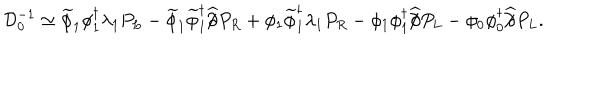
{ \mathcal D } _ { 0 } ^ { - 1 } \simeq \widetilde { \phi } _ { 1 } \phi _ { 1 } ^ { \dagger } \lambda _ { 1 } P _ { L } - \widetilde { \phi } _ { 1 } \widetilde { \phi } _ { 1 } ^ { \dagger } \widehat { / \! \! \! \partial } P _ { R } + \phi _ { 1 } \widetilde { \phi } _ { 1 } ^ { \dagger } \lambda _ { 1 } P _ { R } - \phi _ { 1 } \phi _ { 1 } ^ { \dagger } \widehat { / \! \! \! \partial } P _ { L } - \phi _ { 0 } \phi _ { 0 } ^ { \dagger } \widehat { / \! \! \! \partial } P _ { L } .